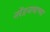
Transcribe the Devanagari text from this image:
नरेंद्रनाथाच्या